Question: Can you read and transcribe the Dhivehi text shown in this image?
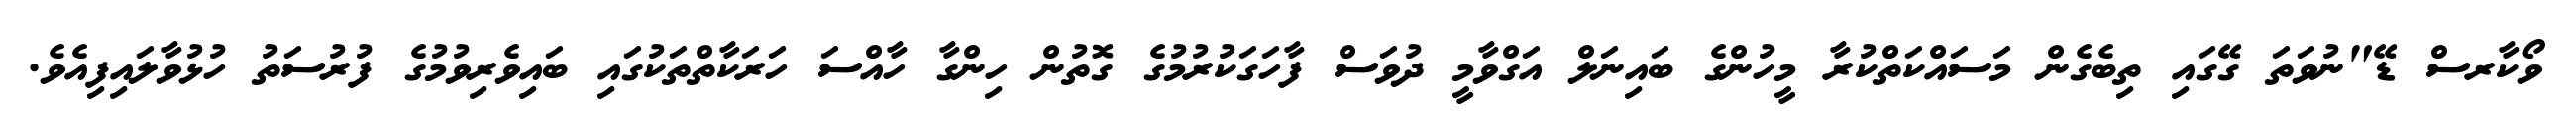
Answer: ވޯކާރސް ޑޭ"ނުވަތަ ގޭގައި ތިބެގެން މަސައްކަތްކުރާ މީހުންގެ ބައިނަލް އަގްވާމީ ދުވަސް ފާހަގަކުރުމުގެ ގޮތުން ހިންގާ ހާއްސަ ހަރަކާތްތަކުގައި ބައިވެރިވުމުގެ ފުރުސަތު ހުޅުވާލައިފިއެވެ.